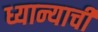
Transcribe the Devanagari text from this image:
ध्यान्याची